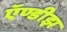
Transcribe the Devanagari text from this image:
ऍण्डीझ